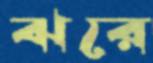
ঝরে